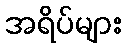
အရိပ်များ